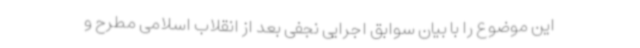
این موضوع را با بیان سوابق اجرایی نجفی بعد از انقلاب اسلامی مطرح و